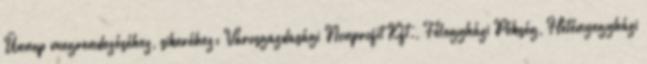
Ünnep megrendezéséhez, sikeréhez: Városgazdasági Nonprofit Kft., Félegyházi Pékség, Hetényegyházi